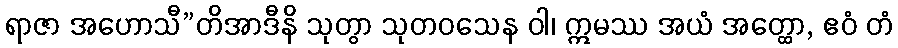
ရာဇာ အဟောသီ”တိအာဒီနိ သုတွာ သုတဝသေန ဝါ၊ ဣမဿ အယံ အတ္ထော, ဧဝံ တံ